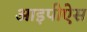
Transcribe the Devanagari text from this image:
आइपीऐस